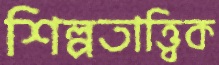
শিল্পতাত্ত্বিক